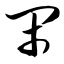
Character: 闲